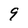
Character: 9